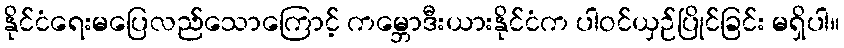
နိုင်ငံရေးမပြေလည်သောကြောင့် ကမ္ဘောဒီးယားနိုင်ငံက ပါဝင်ယှဉ်ပြိုင်ခြင်း မရှိပါ။